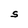
Character: S